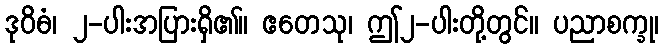
ဒုဝိဓံ၊ ၂-ပါးအပြားရှိ၏။ ဧတေသု၊ ဤ၂-ပါးတို့တွင်။ ပညာစက္ခု၊